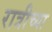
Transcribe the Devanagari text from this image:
रात्रीच्या